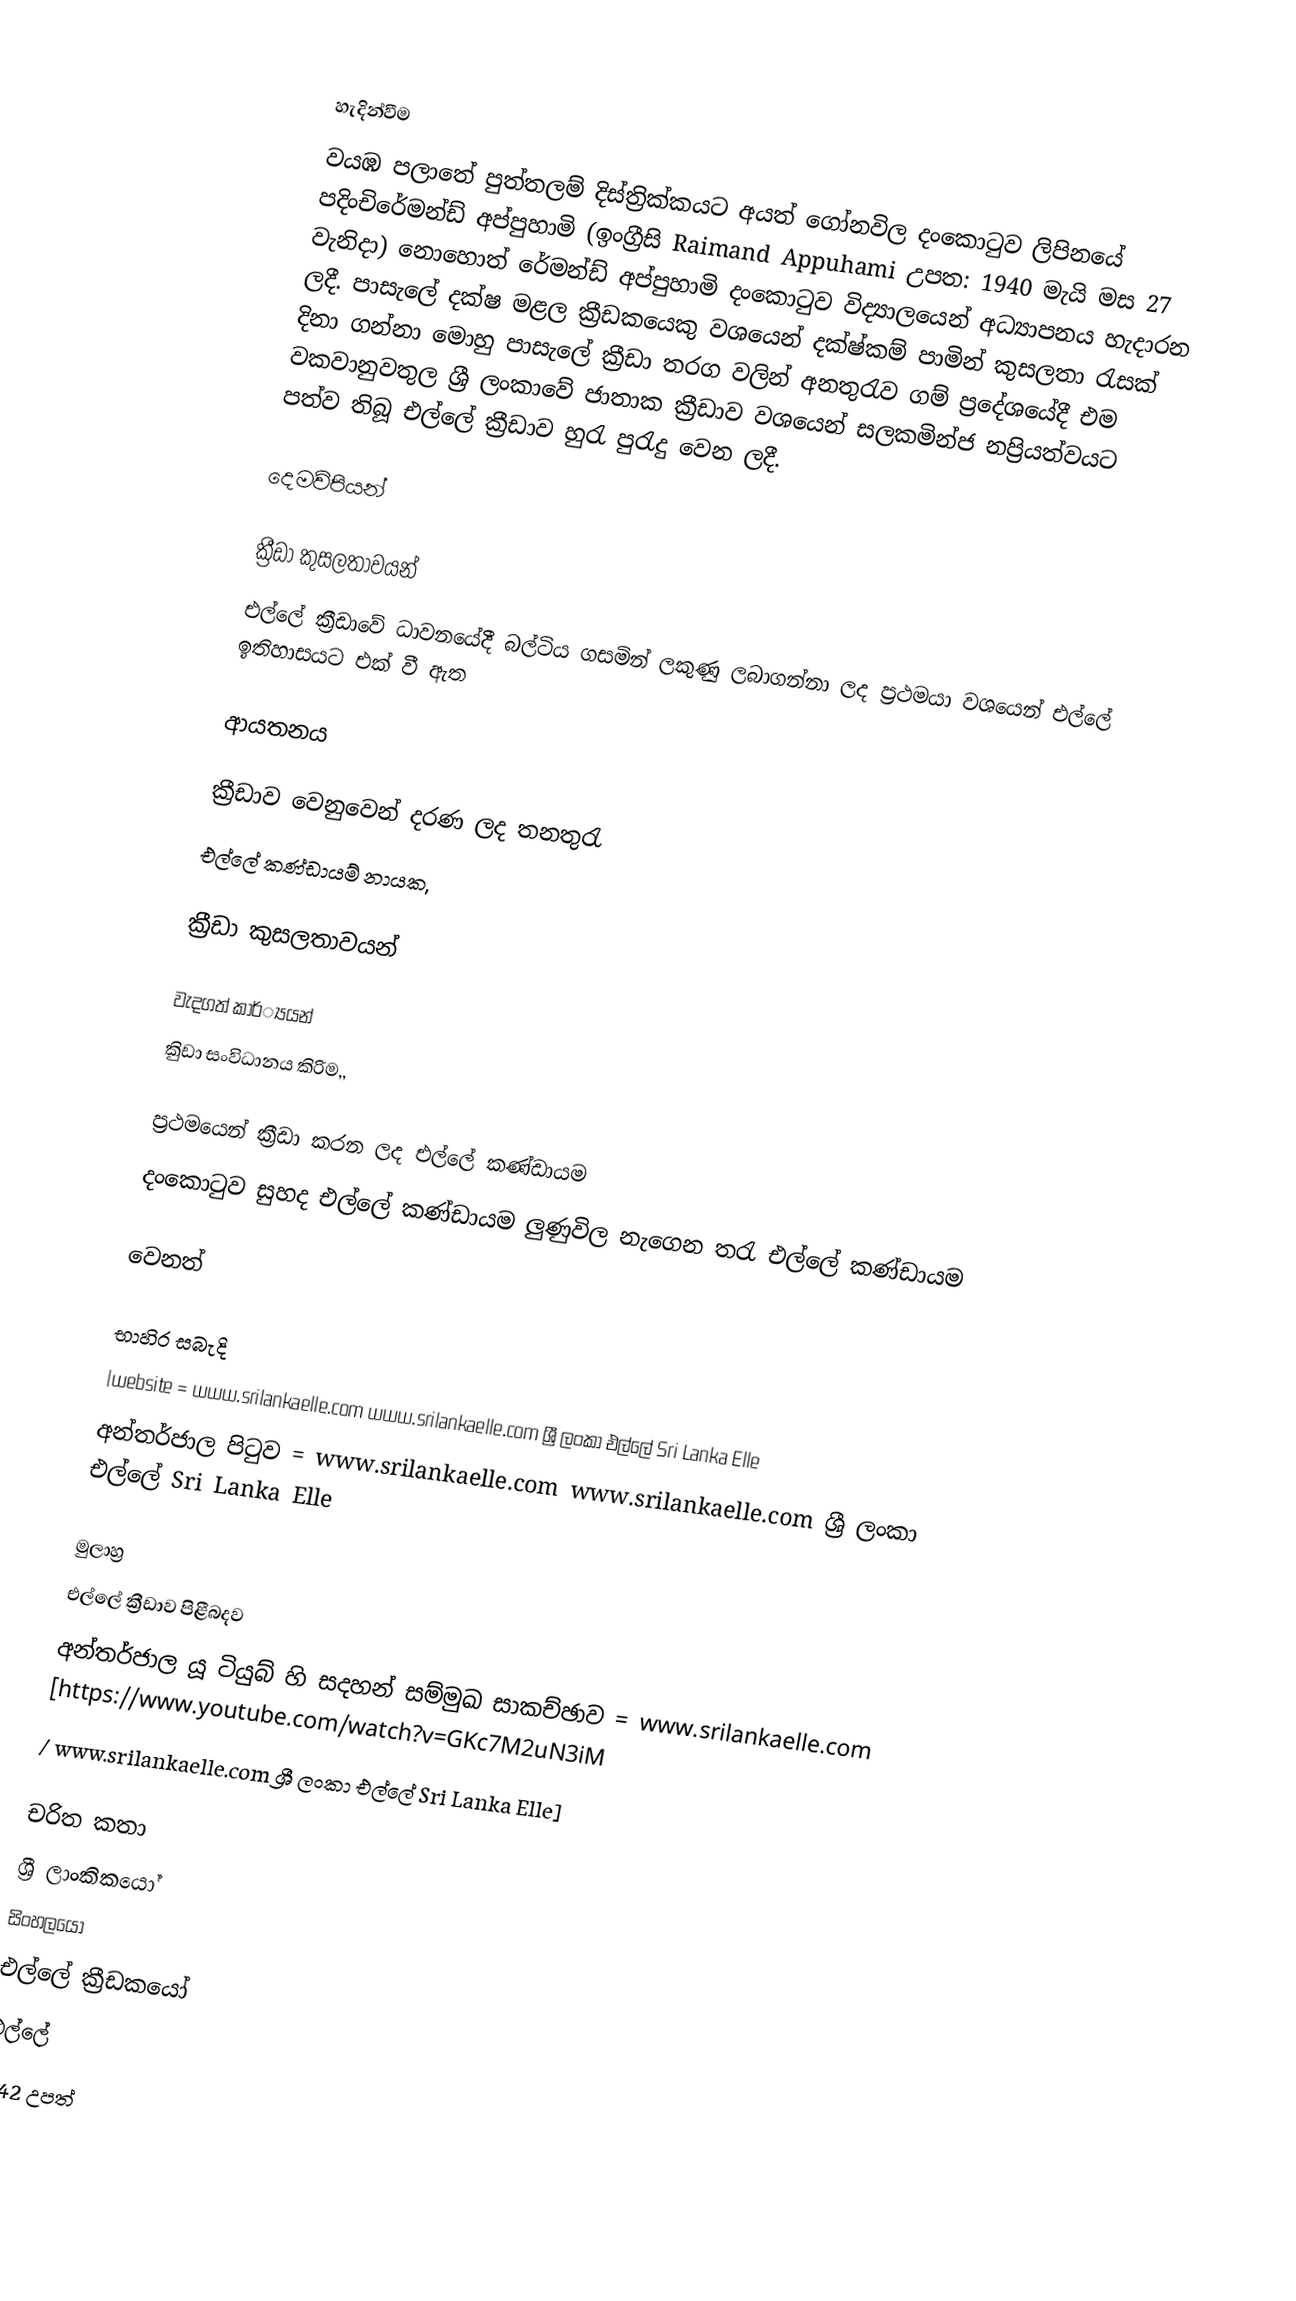

හැදින්වීම
වයඹ පලාතේ පුත්තලම් දිස්ත්‍රික්කයට අයත් ගෝනවිල දංකොටුව ලිපිනයේ පදිංචිරේමන්ඩ් අප්පුහාමි (ඉංග්‍රීසි Raimand Appuhami උපත: 1940 මැයි මස 27 වැනිදා) නොහොත්  රේමන්ඩ් අප්පුහාමි දංකොටුව විද්‍යාලයෙන් අධ්‍යාපනය හැදාරන ලදී. පාසැලේ දක්ෂ මළල ක්‍රීඩකයෙකු වශයෙන් දක්ෂ්කම් පාමින් කුසලතා රැසක් දිනා ගන්නා මොහු පාසැලේ ක්‍රීඩා තරග වලින් අනතුරැව ගම් ප්‍රදේශයේදී එම වකවානුවතුල ශ්‍රී ලංකාවේ ජාතාක ක්‍රීඩාව වශයෙන් සලකමින්ජ නප්‍රියත්වයට පත්ව තිබූ එල්ලේ ක්‍රීඩාව හුරැ පුරැදු වෙන ලදී.

දෙමව්පියන්

ක්‍රීඩා කුසලතාවයන්
එල්ලේ ක්‍රීඩාවේ ධාවනයේදී බල්ටිය ගසමින් ලකුණු ලබාගන්නා ලද ප්‍රථමයා වශයෙන් එල්ලේ ඉතිහාසයට එක් වී ඇත

ආයතනය

ක්‍රීඩාව වෙනුවෙන් දරණ ලද තනතුරැ
එල්ලේ කණ්ඩායම් නායක,

ක්‍රීඩා කුසලතාවයන්

වැදගත් කාර්්‍යයන්
කිුඩා සංවිධානය කිරිම,,

ප්‍රථමයෙන් ක්‍රීඩා කරන ලද එල්ලේ කණ්ඩායම
දංකොටුව සුහද එල්ලේ කණ්ඩායම ලුණුවිල නැගෙන තරැ එල්ලේ කණ්ඩායම

වෙනත්

භාහිර සබැදි
|website       = www.srilankaelle.com www.srilankaelle.com ශ්‍රී ලංකා එල්ලේ Sri Lanka Elle
අන්තර්ජාල පිටුව   = www.srilankaelle.com www.srilankaelle.com ශ්‍රී ලංකා එල්ලේ Sri Lanka Elle

මුලාහ්‍ර
 එල්ලේ ක්‍රීඩාව පිළීබදව
අන්තර්ජාල යූ ටියුබ් හි සදහන් සම්මුඛ සාකච්ඡාව   = www.srilankaelle.com [https://www.youtube.com/watch?v=GKc7M2uN3iM
/ www.srilankaelle.com ශ්‍රී ලංකා එල්ලේ Sri Lanka Elle]

චරිත කතා
ශ්‍රී ලාංකිකයෝ
සිංහලයෝ
එල්ලේ ක්‍රීඩකයෝ
එල්ලේ
1942 උපත්